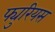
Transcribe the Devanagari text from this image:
फ्युरियस